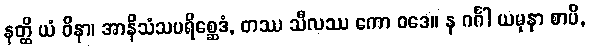
နတ္ထိ ယံ ဝိနာ၊ အာနိသံသပရိစ္ဆေဒံ, တဿ သီလဿ ကော ဝဒေ။ န ဂင်္ဂါ ယမုနာ စာပိ,